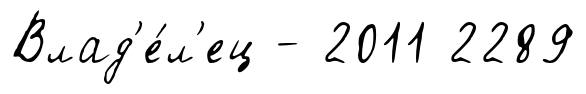
Влад'е́л'ец - 2011 2289